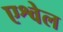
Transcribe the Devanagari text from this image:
एश्वेल